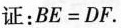
证：$$B E = D F$$。